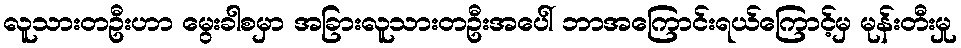
လူသားတဦးဟာ မွေးခါစမှာ အခြားလူသားတဦးအပေါ် ဘာအကြောင်းရယ်ကြောင့်မှ မုန်းတီးမှု